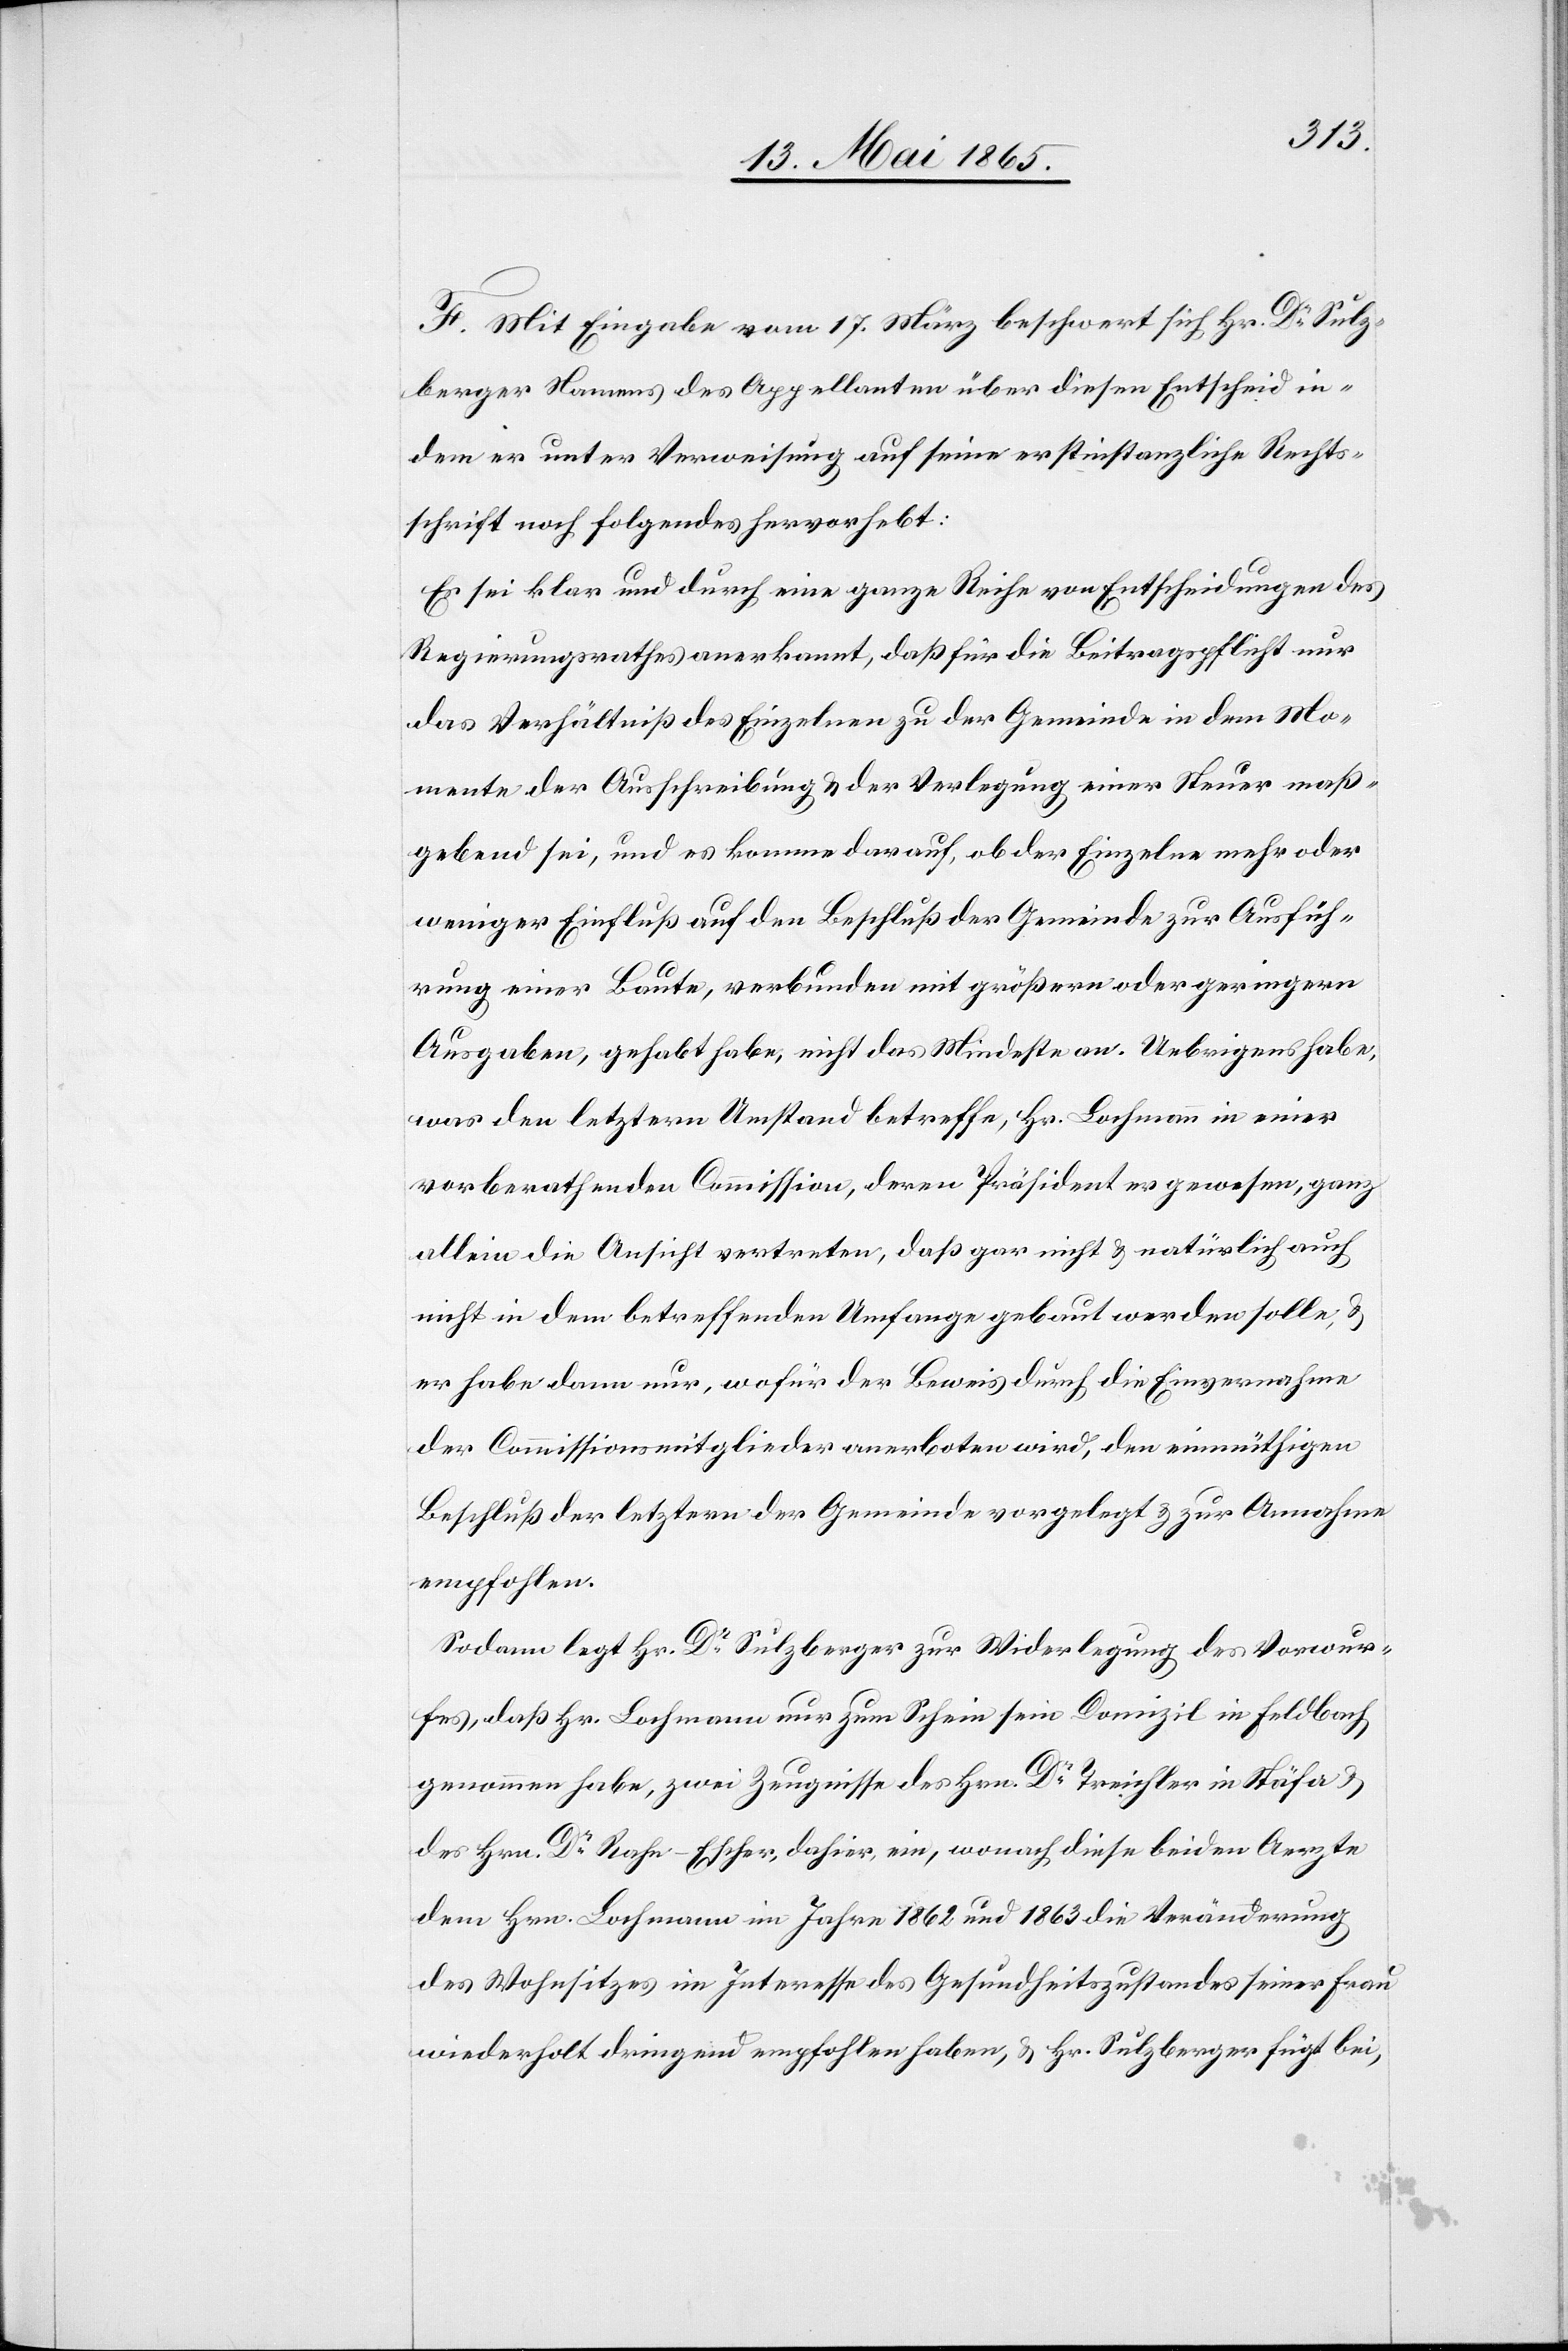
F. Mit Eingabe vom 17. März beschwert sich Hr. Dr Sulz¬
berger Namens des Appellanten über diesen Entscheid in¬
dem er unter Verweisung auf seine erstinstanzliche Rechts¬
schrift noch folgendes hervorhebt:
Es sei klar und durch eine ganze Reihe von Entscheidungen des
Regierungsrathes anerkannt, daß für die Beitragspflicht nur
das Verhältniß des Einzelnen zu der Gemeinde in dem Mo¬
mente der Ausschreibung & der Verlegung einer Steuer maß¬
gebend sei, und es komme darauf, ob der Einzelne mehr oder
weniger Einfluß auf den Beschluß der Gemeinde zur Ausfüh¬
rung einer Baute, verbunden mit größern oder geringern
Ausgaben, gehabt habe, nicht das Mindeste an. Uebrigens habe,
was den letztern Umstand betreffe, Hr. Lochmann in einer
vorberathenden Commission, deren Präsident er gewesen, ganz
allein die Ansicht vertreten, daß gar nicht & natürlich auch
nicht in dem betreffenden Umfange gebaut werden solle, &
er habe dann nur, wofür der Beweis durch die Einvernahme
der Commissionsmitglieder anerboten wird, den einmüthigen
Beschluß der letztern der Gemeinde vorgelegt & zur Annahme
empfohlen.
Sodann legt Hr. Dr Sulzberger zur Widerlegung des Vorwur¬
fes, daß Hr. Lochmann nur zum Schein sein Domizil in Feldbach
genommen habe, zwei Zeugnisse des Hrn. Dr Treichler in Stäfa &
des Hrn. Dr Rahn-Escher, dahier, ein, wonach diese beiden Aerzte
dem Hrn. Lochmann im Jahre 1862 und 1863 die Veränderung
des Wohnsitzes im Interesse des Gesundheitszustandes seiner Frau
wiederholt dringend empfohlen haben, & Hr. Sulzberger fügt bei,